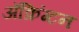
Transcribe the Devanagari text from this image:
ॲक्रिंग्टन